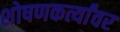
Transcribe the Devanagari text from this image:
शोषणकर्त्यांवर